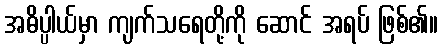
အဓိပ္ပါယ်မှာ ကျက်သရေတို့ကို ဆောင် အရပ် ဖြစ်၏။